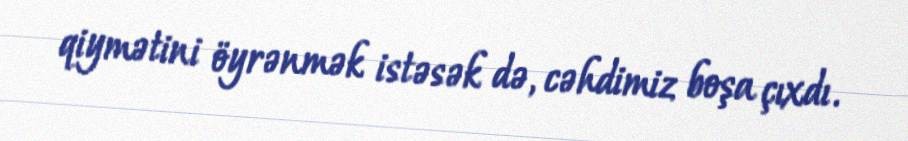
qiymətini öyrənmək istəsək də, cəhdimiz boşa çıxdı.